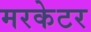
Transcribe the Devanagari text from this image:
मरकेटर